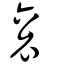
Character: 衮